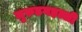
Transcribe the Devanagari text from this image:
मुरुडगहल्ली